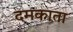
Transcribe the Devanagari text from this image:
दमकाता